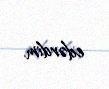
edərdim.